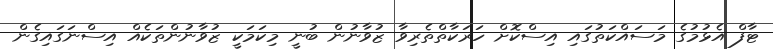
ޓާފް އެޅުމުގެ މަސައްކަތުގައި އިސްކޮށް ހަރަކާތްތެރިވާ ޒުވާނުން ބުނީ މިކަމަކީ ޒުވާނުންތަކެއް އިސްނަގައިގެން